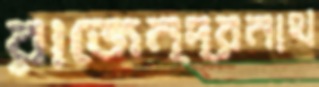
রাজেন্দ্রনাথ